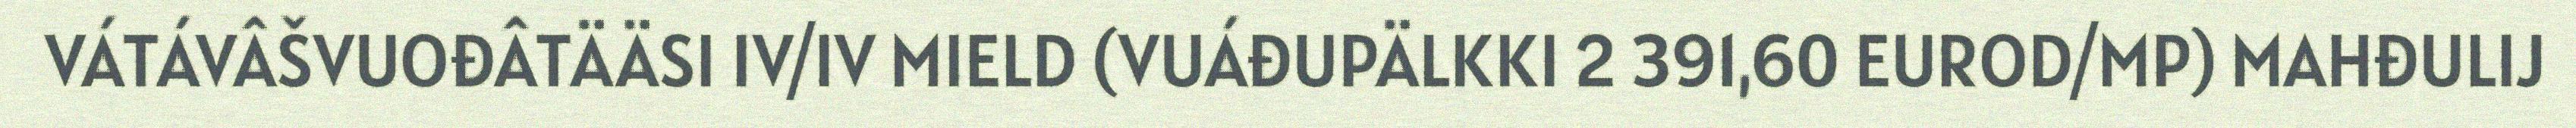
VÁTÁVÂŠVUOĐÂTÄÄSI IV/IV MIELD (VUÁĐUPÄLKKI 2 391,60 EUROD/MP) MAHĐULIJ